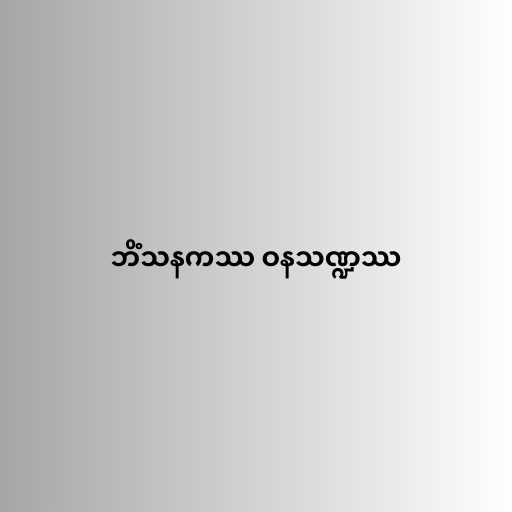
ဘိံသနကဿ ဝနသဏ္ဍဿ